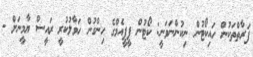
ފަރާތްތަކުން ހައިކޯޓުން ނިކުންނަވަނީ: ކޯޓުން ޕީޕީއެމްގެ ހިންގުން ހަވާލުކުރީ ރައީސް ޔާމީނަށް -